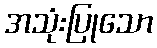
အသုံးပြုသော